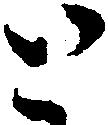
と